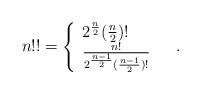
\begin{align*} n!!=\left\{\begin{array}{ll}2^{\frac{n}{2}}(\frac{n}{2})! & \\\frac{n!}{2^{\frac{n-1}{2}}(\frac{n-1}{2})!} & \end{array}\right..\end{align*}